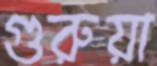
গুরুয়া